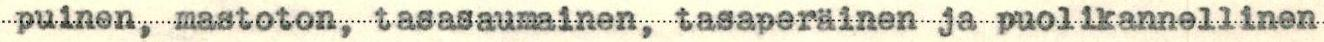
puinen, mastoton, tasasaumainen, tasaperäinen ja puolikannellinen